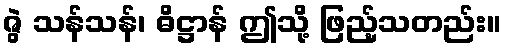
ဇွဲ သန်သန်၊ ဓိဋ္ဌာန် ဤသို့ ဖြည့်သတည်း။